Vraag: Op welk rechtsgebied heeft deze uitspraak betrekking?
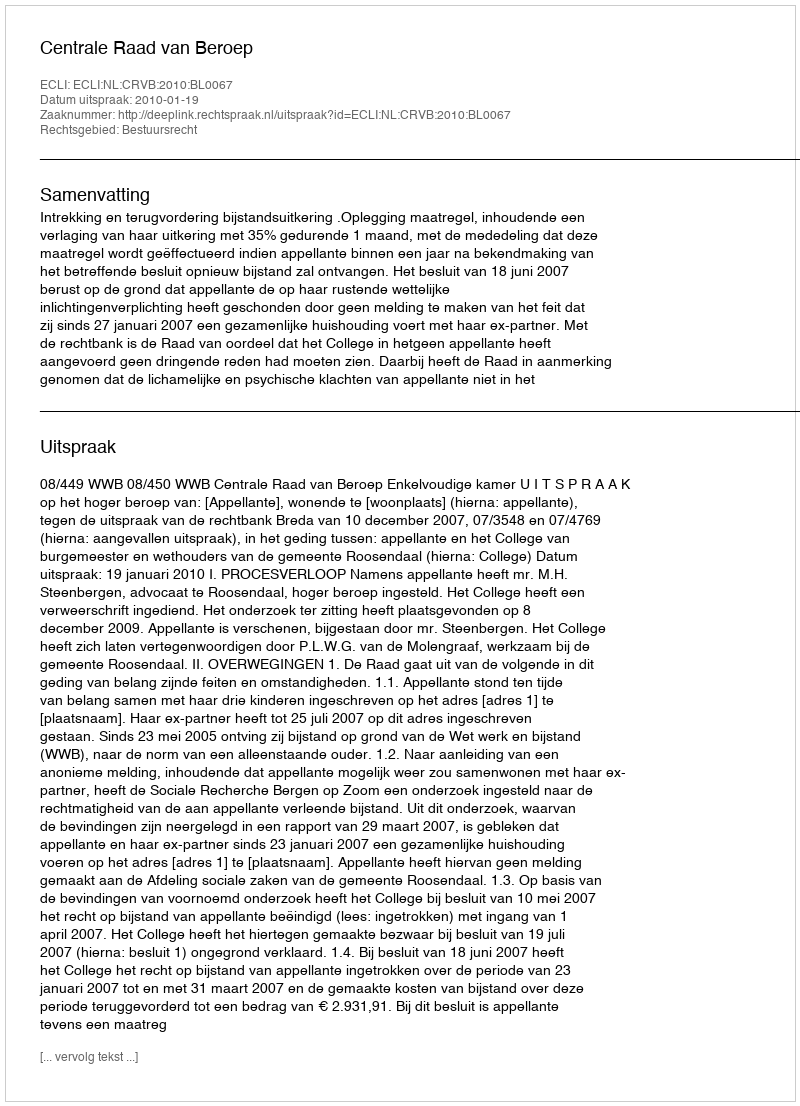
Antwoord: Bestuursrecht